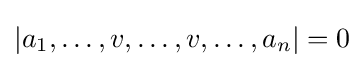
|a_{1},\dots ,v,\dots ,v,\dots ,a_{n}|=0